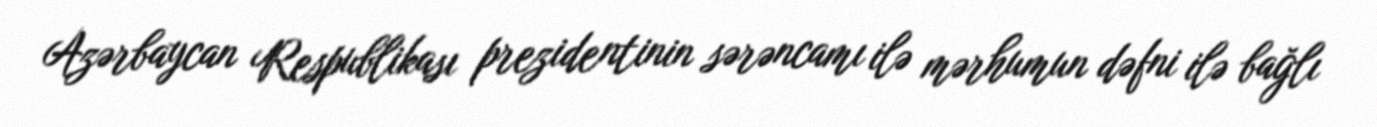
Azərbaycan Respublikası prezidentinin sərəncamı ilə mərhumun dəfni ilə bağlı